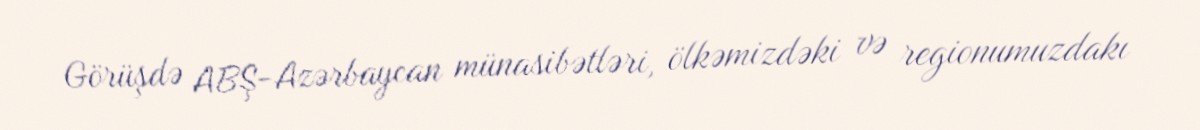
Görüşdə ABŞ-Azərbaycan münasibətləri, ölkəmizdəki və regionumuzdakı